system: You are a helpful assistant.
user:
Analyze the provided spectrum to determine if it is a **"Cataclysmic Variables (CV)"**.

- **Key Indicators for CV (Check for either state):**
    - **State 1: Quiescent / Low-State (Emission-Dominated)**
        - **(Primary):** Strong and *very broad* Hydrogen Balmer emission lines (e.g., $H\alpha$ at 6563 Å, $H\beta$ at 4861 Å). The 'broadness' (high velocity dispersion, often FWHM > 1000 km/s) is the key diagnostic, indicating a high-velocity accretion disk.
        - **(Secondary):** Broad neutral Helium (He I) emission lines (e.g., 5876 Å, 6678 Å).
        - **(Key Confirmation):** Presence of high-excitation *ionized* Helium (He II) emission at 4686 Å. This is a strong indicator of accretion onto a white dwarf.
        - **(Line Profile):** Emission lines may exhibit a 'double-peaked' profile, which is a classic signature of a rotating accretion disk viewed at high inclination.

    - **State 2: Outburst / High-State (Absorption-Dominated)**
        - **(Primary):** Spectrum is dominated by a bright, blue continuum (looks like a hot star).
        - **(Secondary):** The emission lines from State 1 are weak, absent, or 'filled in', and are replaced by broad, shallow *absorption* lines (primarily Balmer and He I).
        - **(Morphology):** The overall spectrum mimics a hot B/A-type star. The crucial difference is that the absorption lines are significantly broader, shallower, and more 'washed-out' (or 'smeared') than the sharp lines of a normal stellar photosphere, due to high rotational speeds and pressure broadening in the disk.

Think first, call **spectral_visualization_tool** if needed to examine features in detail, then provide your final answer. Your response must adhere to the following strict rules:
1.  **Overall Structure:** Your response must follow the format `<think>...</think> <tool_call>...</tool_call> (if a tool is used) <answer>...</answer>`.
2.  **Tool Usage Constraint:** You may only make **one** tool call per turn.
3.  **Final Answer Format:** In the `<answer>` tag, your conclusion must be inside a `\boxed{}` command (e.g., `\boxed{YES}`), followed by your justification.

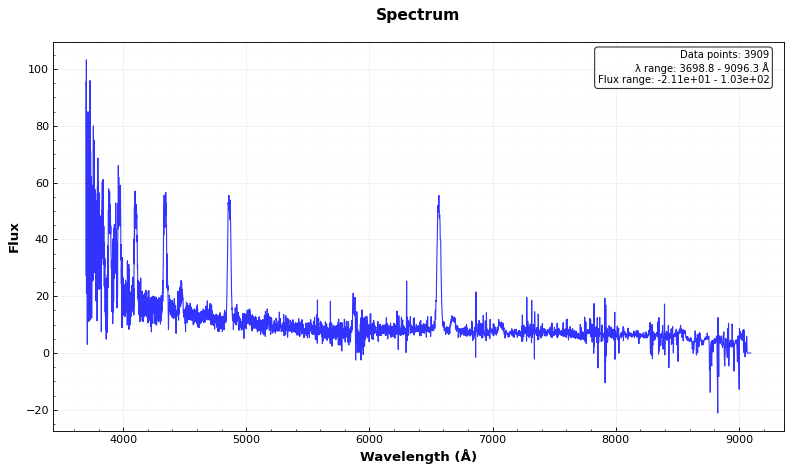
Answer: YES